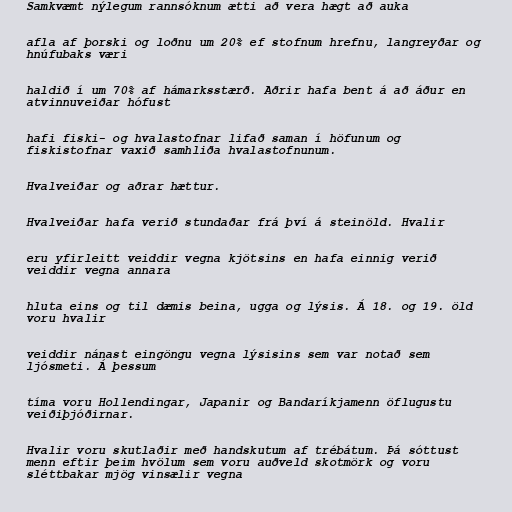
Samkvæmt nýlegum rannsóknum ætti að vera hægt að auka

afla af þorski og loðnu um 20% ef stofnum hrefnu, langreyðar og
hnúfubaks væri

haldið í um 70% af hámarksstærð. Aðrir hafa bent á að áður en
atvinnuveiðar hófust

hafi fiski- og hvalastofnar lifað saman í höfunum og
fiskistofnar vaxið samhliða hvalastofnunum.

Hvalveiðar og aðrar hættur.

Hvalveiðar hafa verið stundaðar frá því á steinöld. Hvalir

eru yfirleitt veiddir vegna kjötsins en hafa einnig verið
veiddir vegna annara

hluta eins og til dæmis beina, ugga og lýsis. Á 18. og 19. öld
voru hvalir

veiddir nánast eingöngu vegna lýsisins sem var notað sem
ljósmeti. Á þessum

tíma voru Hollendingar, Japanir og Bandaríkjamenn öflugustu
veiðiþjóðirnar.

Hvalir voru skutlaðir með handskutum af trébátum. Þá sóttust
menn eftir þeim hvölum sem voru auðveld skotmörk og voru
sléttbakar mjög vinsælir vegna